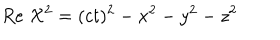
R e \; { \cal X } ^ { 2 } = ( c t ) ^ { 2 } - x ^ { 2 } - y ^ { 2 } - z ^ { 2 }